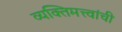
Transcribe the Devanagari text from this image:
व्यक्तिमत्त्वांची